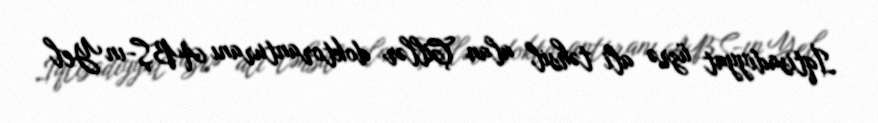
İqtisadiyyat üzrə ali təhsil alan Çillər doktoranturanı ABŞ-ın Yel